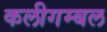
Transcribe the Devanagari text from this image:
कलीगम्बल